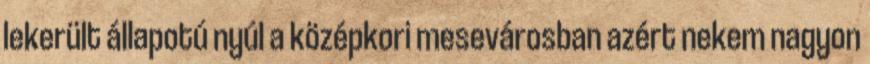
lekerült állapotú nyúl a középkori mesevárosban azért nekem nagyon